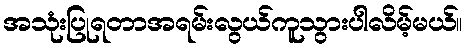
အသုံးပြုရတာအရမ်းလွယ်ကူသွားပါလိမ့်မယ်။